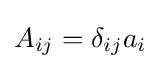
A_{ij}=\delta _{ij}a_{i}